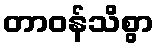
တာဝန်သိစွာ